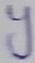
Text: Y